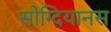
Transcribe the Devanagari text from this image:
सोग्दियानस